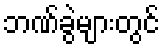
ဘဏ်ခွဲများတွင်